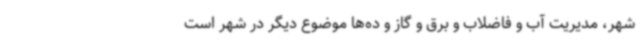
شهر، مدیریت آب و فاضلاب و برق و گاز و ده‌ها موضوع دیگر در شهر است